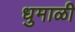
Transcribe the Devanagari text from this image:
धुमाळी